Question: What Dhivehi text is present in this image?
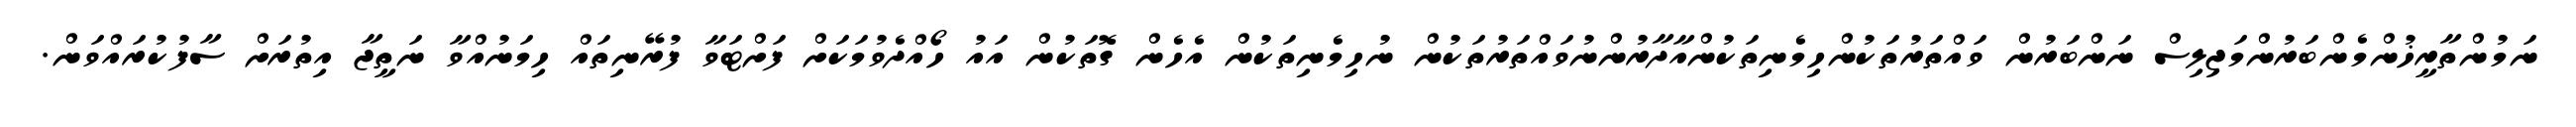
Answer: ނަމުންތާރީޚުންމެންބަރުންމަޖިލިސް ނަންބަރުން ވައްތަރުތަކުންހިމެނިތަކުންއާދާރުންނުވައްތަރުތަކުން ނުހިމެނިތަކުން އެހެން ގޮތަކުން އައު ހޯއްދެވުމަކަށް ފަށްޓަވާ ފުރޭނިތައް ހިމަނުއްވާ ނަތީޖާ އިތުރަށް ސާފުކުރައްވަން.